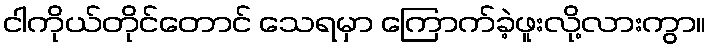
ငါကိုယ်တိုင်တောင် သေရမှာ ကြောက်ခဲ့ဖူးလို့လားကွာ။